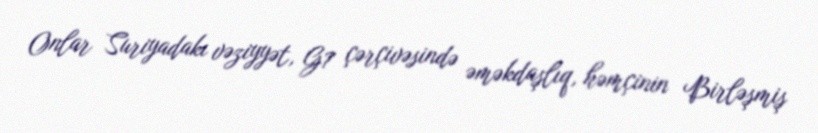
Onlar Suriyadakı vəziyyət, G7 çərçivəsində əməkdaşlıq, həmçinin Birləşmiş